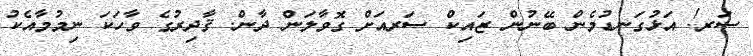
ސަރ! އަޅުގަނޑުމެން ބޭނުން ޒައިކް ސަރއަށް ގޮވާލަން ދާން. ޤާދިރުގެ ވާހަކަ ނިމުމާއެކު